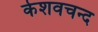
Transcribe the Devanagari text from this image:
केशवचन्द